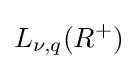
L_{\nu ,q}(R^{+})